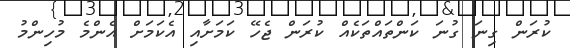
ކުރަން ގިނަ ގުނަ ކަންތައްތަކެއް ކުރަން ޖެހޭ ކަމަށާއި އެކަމަށް އެންމެ މުހިންމު